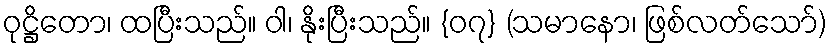
ဝုဋ္ဌိတော၊ ထပြီးသည်။ ဝါ၊ နိုးပြီးသည်။ {၀၇} (သမာနော၊ ဖြစ်လတ်သော်)